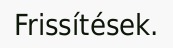
Frissítések.